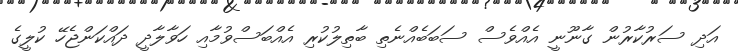
އަދި ސަރުކާރުން ގާނޫނީ އެއްވެސް ސަބަބެއްނެތި ބާތިލުކުރި އެއްބަސްވުމާއި ހަވާލާދީ ދައްކަންޖެހޭ ކުލީގެ